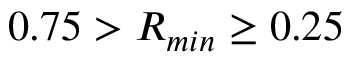
0 . 7 5 > R _ { m i n } \geq 0 . 2 5